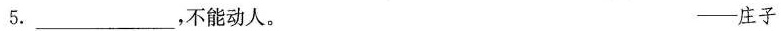
5.___，不能动人。 ——庄子